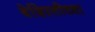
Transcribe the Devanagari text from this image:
बेशिस्तीच्या